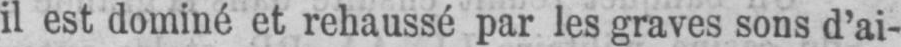
il est dominé et rehaussé par les graves sons d’ai-